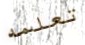
تعلمه